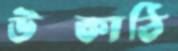
উশ্কাঠি